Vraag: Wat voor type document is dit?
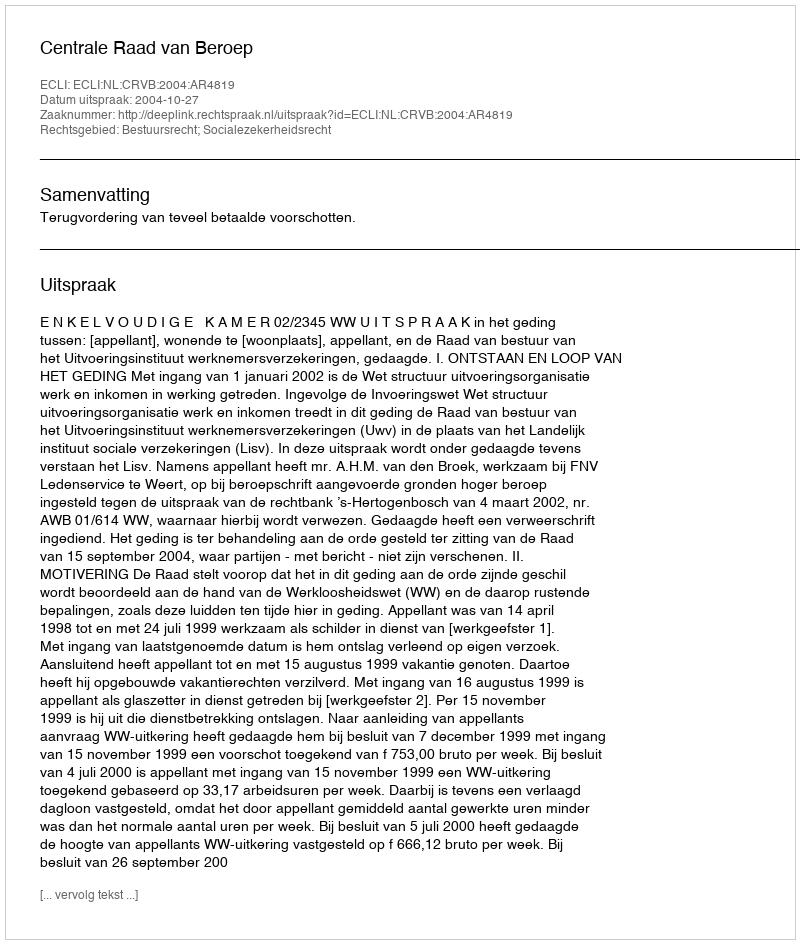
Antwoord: Uitspraak